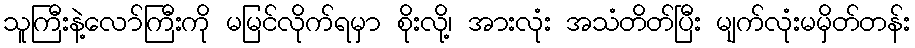
သူကြီးနဲ့လော်ကြီးကို မမြင်လိုက်ရမှာ စိုးလို့၊ အားလုံး အသံတိတ်ပြီး မျက်လုံးမမှိတ်တန်း